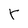
Character: Y